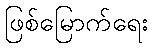
ဖြစ်မြောက်ရေး